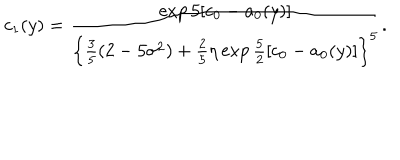
c _ { 1 } ( y ) = \frac { \exp 5 [ c _ { 0 } - a _ { 0 } ( y ) ] } { \left\{ \frac { 3 } { 5 } ( 2 - 5 \sigma ^ { 2 } ) + \frac { 2 } { 5 } \eta \exp \frac { 5 } { 2 } [ c _ { 0 } - a _ { 0 } ( y ) ] \right\} ^ { 5 } } .